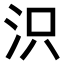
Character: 𣲵